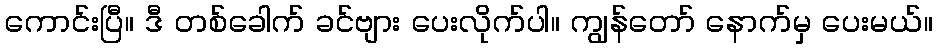
ကောင်းပြီ။ ဒီ တစ်ခေါက် ခင်ဗျား ပေးလိုက်ပါ။ ကျွန်တော် နောက်မှ ပေးမယ်။